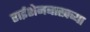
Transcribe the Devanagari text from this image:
राईशेनबाखच्या